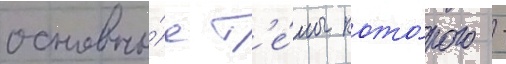
основны́е т'е́мы кото́рого -